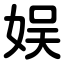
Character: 娱